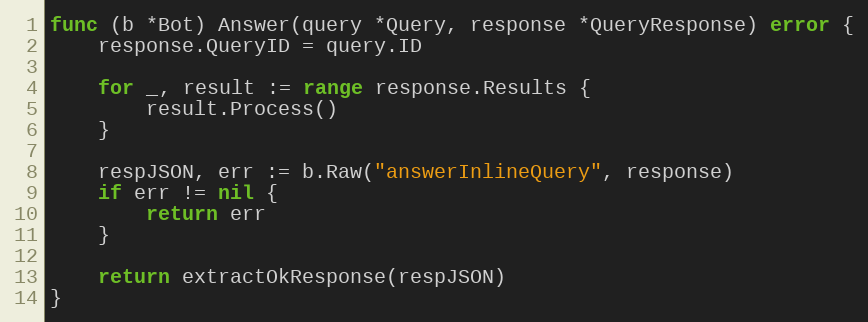
Language: Go
func (b *Bot) Answer(query *Query, response *QueryResponse) error {
	response.QueryID = query.ID

	for _, result := range response.Results {
		result.Process()
	}

	respJSON, err := b.Raw("answerInlineQuery", response)
	if err != nil {
		return err
	}

	return extractOkResponse(respJSON)
}